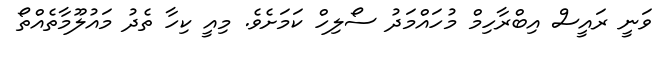
ވަނީ ރައީސް އިބްރާހިމް މުހައްމަދު ސޯލިހް ކަމަށެވެ. މިއީ ކިހާ ތެދު މައުލޫމާތެއްތޯ